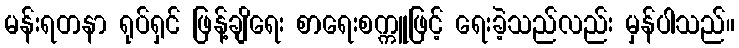
မန်းရတနာ ရုပ်ရှင် ဖြန့်ချိရေး စာရေးစက္ကူဖြင့် ရေးခဲ့သည်လည်း မှန်ပါသည်။